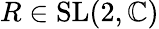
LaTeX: R\in\mathrm{SL}(2,\mathbb{C})